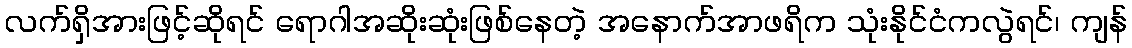
လက်ရှိအားဖြင့်ဆိုရင် ရောဂါအဆိုးဆုံးဖြစ်နေတဲ့ အနောက်အာဖရိက သုံးနိုင်ငံကလွဲရင်၊ ကျန်